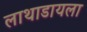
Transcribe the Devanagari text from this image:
लाथाडायला